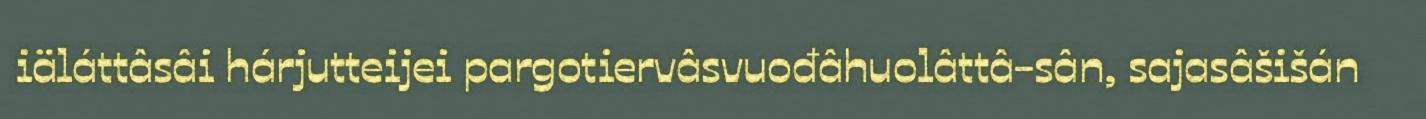
iäláttâsâi hárjutteijei pargotiervâsvuođâhuolâttâ-sân, sajasâšišán